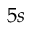
5 s